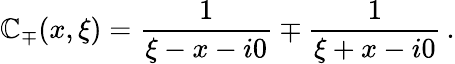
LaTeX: \mathbb{C}_{\mp}(x,\xi)=\frac{{1}}{{\xi-x-i0}}\mp\frac{{1}}{{\xi+x-i0}}\, .